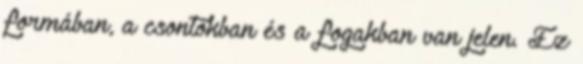
formában, a csontokban és a fogakban van jelen. Ez